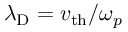
\lambda _ { \mathrm { D } } = v _ { \mathrm { t h } } / \omega _ { p }